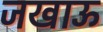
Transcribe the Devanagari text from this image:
जखाऊ